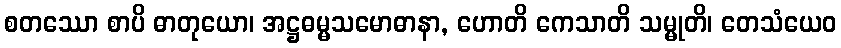
စတဿော စာပိ ဓာတုယော၊ အဋ္ဌဓမ္မသမောဓာနာ, ဟောတိ ကေသာတိ သမ္မုတိ၊ တေသံယေဝ